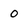
Character: o